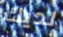
لديك